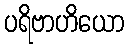
ပရိဗာဟိယော